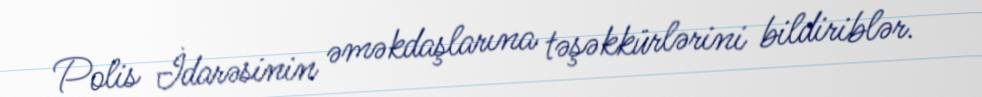
Polis İdarəsinin əməkdaşlarına təşəkkürlərini bildiriblər.